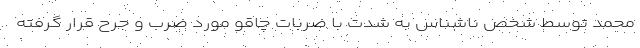
محمد توسط شخص ناشناس به شدت با ضربات چاقو مورد ضرب و جرح قرار گرفته